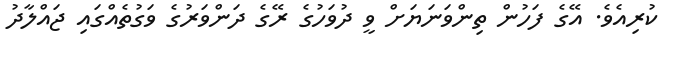
ކުރިއެވެ. އޭގެ ފަހުން ތިންވަނަޔަށް ވީ ދުވަހުގެ ރޭގެ ދަންވަރުގެ ވަގުތެއްގައި ޖައްލާދު